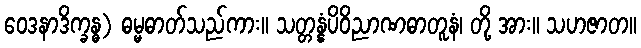
ဝေဒနာဒိက္ခန္ဓ) ဓမ္မဓာတ်သည်ကား။ သတ္တန္နံပိဝိညာဏဓာတူနံ၊ တို့ အား။ သဟဇာတ။